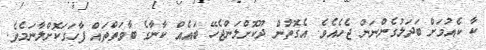
ކާ ކެއުމަށް ބަދަލުގެންނަން ޖެހެއެވެ. އެގޮތުން ދޫކޮށްލަންޖެހޭ ބައެއް ކާނާގެ ބާވަތްތައް ފާހަގަކޮށްލާނަމެވެ.